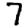
Digit: 7